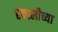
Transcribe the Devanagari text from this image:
हक्स्लीच्या